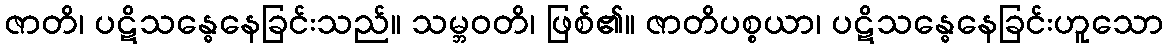
ဇာတိ၊ ပဋိသန္ဓေနေခြင်းသည်။ သမ္ဘဝတိ၊ ဖြစ်၏။ ဇာတိပစ္စယာ၊ ပဋိသန္ဓေနေခြင်းဟူသော